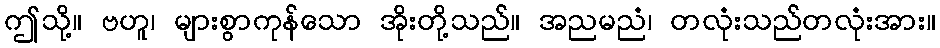
ဤသို့။ ဗဟူ၊ များစွာကုန်သော အိုးတို့သည်။ အညမညံ၊ တလုံးသည်တလုံးအား။